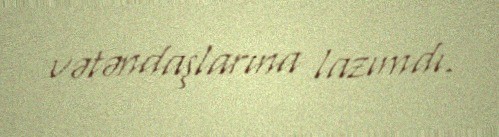
vətəndaşlarına lazımdı.